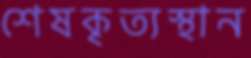
শেষকৃত্যস্থান